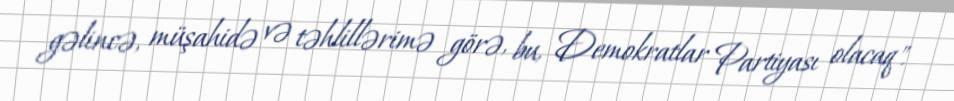
gəlincə, müşahidə və təhlillərimə görə, bu, Demokratlar Partiyası olacaq".